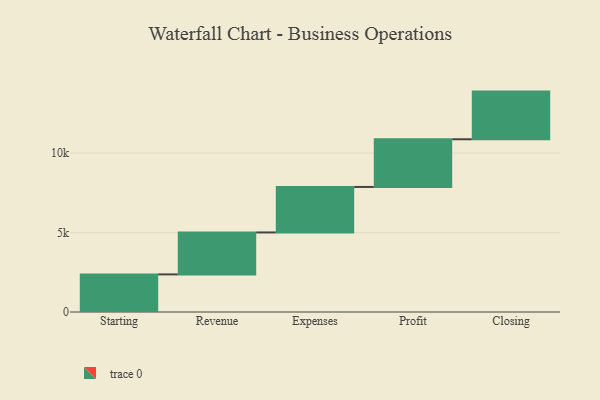
{"axis": {"x": "Step", "y": "Value"}, "legend": [""], "data": [{"x": "Starting", "y": 2366.0, "type": ""}, {"x": "Revenue", "y": 2640.0, "type": ""}, {"x": "Expenses", "y": 2863.0, "type": ""}, {"x": "Profit", "y": 3000, "type": ""}, {"x": "Closing", "y": 3000, "type": ""}]}